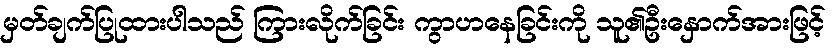
မှတ်ချက်ပြုထားပါသည် ကြားလိုက်ခြင်း ကွာဟနေခြင်းကို သူ၏ဦးနှောက်အားဖြင့်